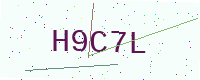
Text: H9C7L